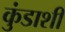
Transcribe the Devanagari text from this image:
कुंडाशी